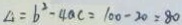
\Delta = b ^ { 2 } - 4 a c = 1 0 0 - 2 0 = 8 0